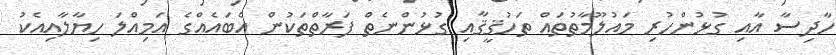
ހާދިސާ އާއި ގުޅުންހުރި މައުލޫމާތުތައް ތަހުޤީޤާއި ގުޅުންނެތް ފަރާތްތަކުން އެބައެއްގެ އަމިއްލަ ހިޔާލާއިއެކު